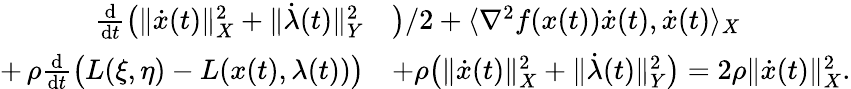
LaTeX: \begin{array}{rl}{\frac{\mathrm{d}}{\mathrm{d}t}\big(\lVert\dot{x}(t)\rVert_{X}^{2}+\lVert\dot{\lambda}(t)\rVert_{Y}^{2}}&{\big)/2+\langle\nabla^{2}f(x(t))\dot{x}(t),\dot{x}(t)\rangle_{X}}\\ {+\, \rho\frac{\mathrm{d}}{\mathrm{d}t}\big(L(\xi,\eta)-L(x(t),\lambda(t))\big)}&{+\rho\big(\lVert\dot{x}(t)\rVert_{X}^{2}+\lVert\dot{\lambda}(t)\rVert_{Y}^{2}\big)=2\rho\lVert\dot{x}(t)\rVert_{X}^{2}.}\end{array}